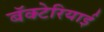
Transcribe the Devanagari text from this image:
बॅक्टेरियाई